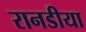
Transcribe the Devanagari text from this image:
रानडीया